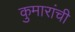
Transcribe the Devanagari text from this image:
कुमारांची